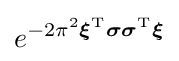
e^{-2\pi ^{2}{\boldsymbol {\xi }}^{\mathrm {T} }{\boldsymbol {\sigma }}{\boldsymbol {\sigma }}^{\mathrm {T} }{\boldsymbol {\xi }}}